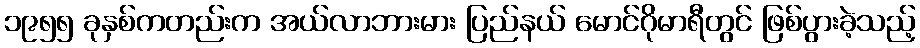
၁၉၅၅ ခုနှစ်ကတည်းက အယ်လာဘားမား ပြည်နယ် မောင်ဂိုမာရီတွင် ဖြစ်ပွားခဲ့သည့်